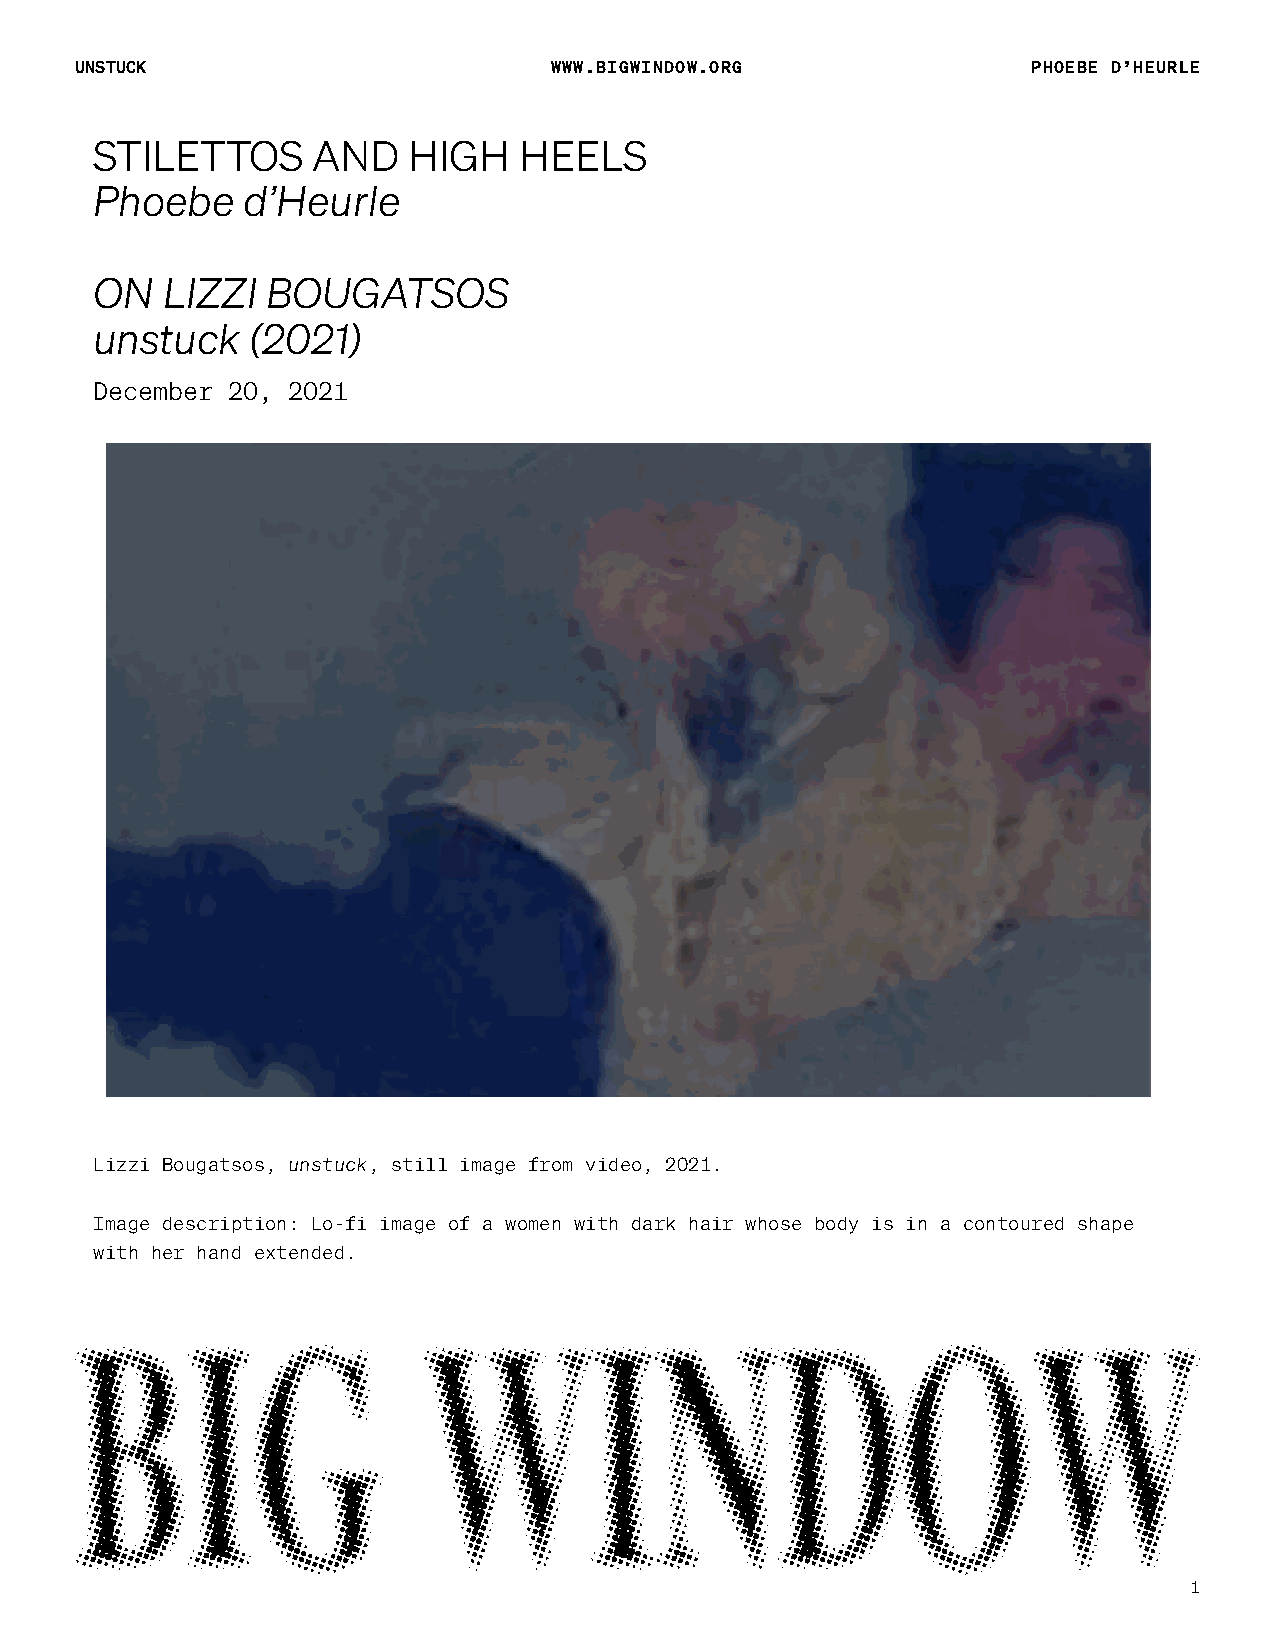
UNSTUCK                        WWW.BIGWINDOW.ORG               PHOEBE D’HEURLE
 STILETTOS      AND   HIGH   HEELS
 Phoebe    d’Heurle
 ON   LIZZI  BOUGATSOS
 unstuck    (2021)
 December 20, 2021
 Lizzi Bougatsos, unstuck, still image from video, 2021.
 Image description: Lo-fi image of a women with dark hair whose body is in a contoured shape
 with her hand extended.
 1